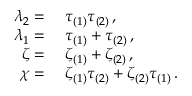
\begin{array} { r l } { \lambda _ { 2 } = { } } & { { } \tau _ { ( 1 ) } \tau _ { ( 2 ) } \, , } \\ { \lambda _ { 1 } = { } } & { { } \tau _ { ( 1 ) } + \tau _ { ( 2 ) } \, , } \\ { \zeta = { } } & { { } \zeta _ { ( 1 ) } + \zeta _ { ( 2 ) } \, , } \\ { \chi = { } } & { { } \zeta _ { ( 1 ) } \tau _ { ( 2 ) } + \zeta _ { ( 2 ) } \tau _ { ( 1 ) } \, . } \end{array}